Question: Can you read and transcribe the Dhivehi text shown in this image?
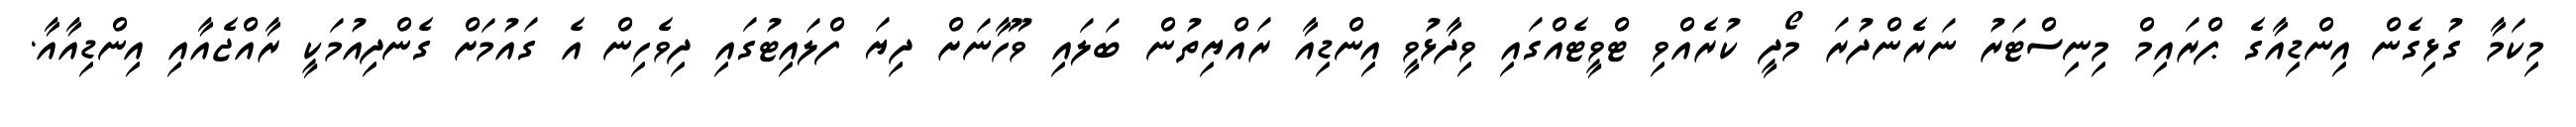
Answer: މިކަމާ ގުޅިގެން އިންޑިއާގެ ޕްރައިމް މިނިސްޓަރު ނަރެންދުރަ މޯދީ ކުރެއްވި ޓްވީޓެއްގައި ވިދާޅުވީ އިންޑިއާ ރައްޔިތުން ބަލައި ވޫހާނަށް ދިޔަ ފްލައިޓުގައި ދިވެހިން އެ ގައުމަށް ގެންދިއުމަކީ ރާއްޖެއާއި އިންޑިއާއާ.